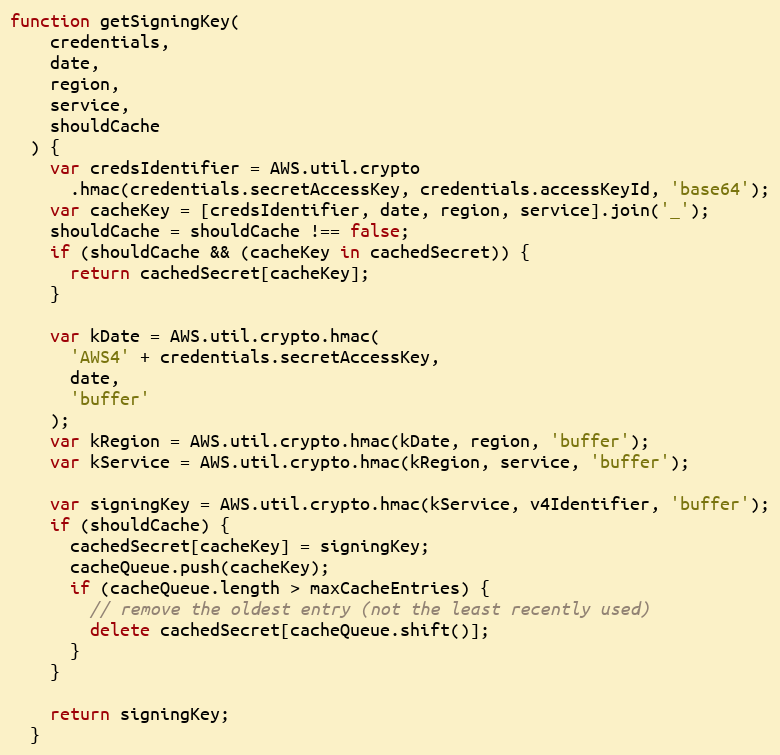
Language: JavaScript
function getSigningKey(
    credentials,
    date,
    region,
    service,
    shouldCache
  ) {
    var credsIdentifier = AWS.util.crypto
      .hmac(credentials.secretAccessKey, credentials.accessKeyId, 'base64');
    var cacheKey = [credsIdentifier, date, region, service].join('_');
    shouldCache = shouldCache !== false;
    if (shouldCache && (cacheKey in cachedSecret)) {
      return cachedSecret[cacheKey];
    }

    var kDate = AWS.util.crypto.hmac(
      'AWS4' + credentials.secretAccessKey,
      date,
      'buffer'
    );
    var kRegion = AWS.util.crypto.hmac(kDate, region, 'buffer');
    var kService = AWS.util.crypto.hmac(kRegion, service, 'buffer');

    var signingKey = AWS.util.crypto.hmac(kService, v4Identifier, 'buffer');
    if (shouldCache) {
      cachedSecret[cacheKey] = signingKey;
      cacheQueue.push(cacheKey);
      if (cacheQueue.length > maxCacheEntries) {
        // remove the oldest entry (not the least recently used)
        delete cachedSecret[cacheQueue.shift()];
      }
    }

    return signingKey;
  }